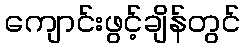
ကျောင်းဖွင့်ချိန်တွင်